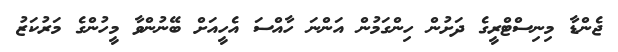
ޖެންޑާ މިނިސްޓްރީގެ ދަށުން ހިންގަމުން އަންނަ ހާއްސަ އެހީއަށް ބޭނުންވާ މީހުންގެ މަރުކަޒު